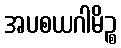
အပစယဂါမိဉ္စ